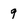
Character: 9